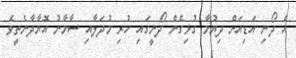
އެ ދޯނި އަޑިއަށް ދިޔުމާ ގުޅިގެން ދޯނީގައި ހުރި މުދަލާއި ސާމާނު އޮޔާދާނެތީވެ